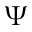
\boldsymbol { \Psi }